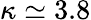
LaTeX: \kappa\simeq 3.8